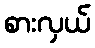
စားလှယ်